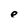
Character: e